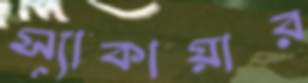
স্যাকায়ার